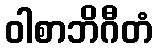
ဝါစာဘိဂီတံ